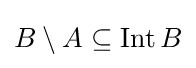
B\setminus A\subseteq \operatorname {Int} B